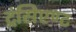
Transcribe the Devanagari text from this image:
ट्रंसिएण्ट